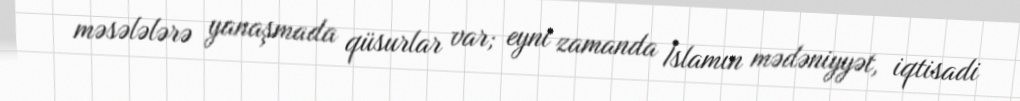
məsələlərə yanaşmada qüsurlar var; eyni zamanda İslamın mədəniyyət, iqtisadi